Annual administration report of the Civil Veterinary Department of India - 1900-1901
Year: 1900
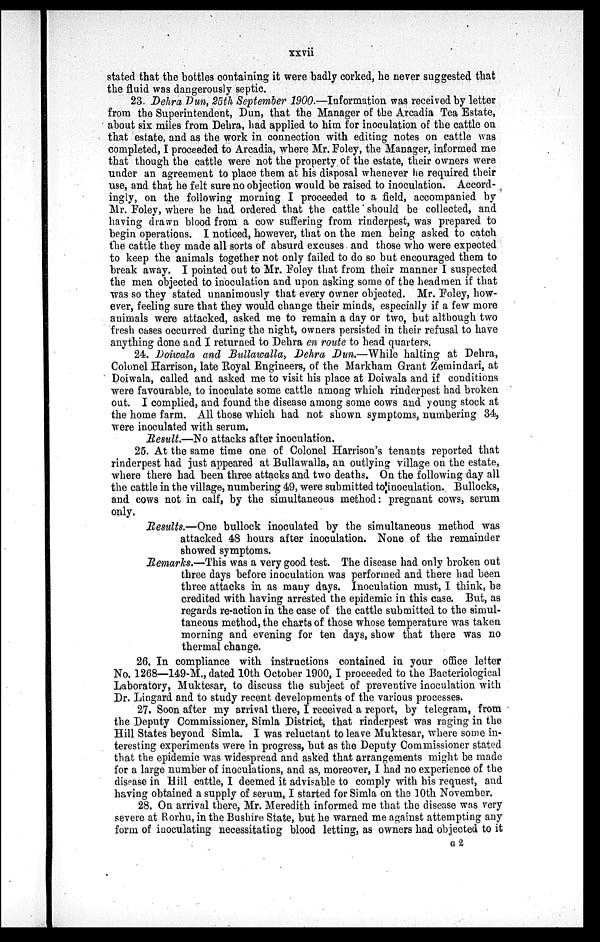
xxvii
stated that the bottles containing it were badly corked, he never suggested that
the fluid was dangerously septic.
23. Dehra Dun, 25th September 1900.—Information was received by letter
from the Superintendent, Dun, that the Manager of the Arcadia Tea Estate,
about six miles from Dehra, had applied to him for inoculation of the cattle on
that estate, and as the work in connection with editing notes on cattle was
completed, I proceeded to Arcadia, where Mr. Foley, the Manager, informed me
that though the cattle were not the property of the estate, their owners were
under an agreement to place them at his disposal whenever he required their
use, and that he felt sure no objection would be raised to inoculation. Accord-
ingly, on the following morning I proceeded to a field, accompanied by
Mr. Foley, where he had ordered that the cattle should be collected, and
having drawn blood from a cow suffering from rinderpest, was prepared to
begin operations. I noticed, however, that on the men being asked to catch
the cattle they made all sorts of absurd excuses and those who were expected
to keep the animals together not only failed to do so but encouraged them to
break away. I pointed out to Mr. Foley that from their manner I suspected
the men objected to inoculation and upon asking some of the headmen if that
was so they stated unanimously that every owner objected. Mr. Foley, how-
ever, feeling sure that they would change their minds, especially if a few more
animals were attacked, asked me to remain a day or two, but although two
fresh cases occurred during the night, owners persisted in their refusal to have
anything done and I returned to Dehra en route to head quarters.
24. Doiwala and Bullawalla, Dehra Dun.—While halting at Dehra,
Colonel Harrison, late Royal Engineers, of the Markham Grant Zemindari, at
Doiwala, called and asked me to visit his place at Doiwala and if conditions
were favourable, to inoculate some cattle among which rinderpest had broken
out. I complied, and found the disease among some cows and young stock at
the home farm. All those which had not shown symptoms, numbering 34,
were inoculated with serum.
Result.—No attacks after inoculation.
25. At the same time one of Colonel Harrison's tenants reported that
rinderpest had just appeared at Bullawalla, an outlying village on the estate,
where there had been three attacks and two deaths. On the following day all
the cattle in the village, numbering 49, were submitted to inoculation. Bullocks,
and cows not in calf, by the simultaneous method: pregnant cows, serum
only.
Results.—One bullock inoculated by the simultaneous method was
attacked 48 hours after inoculation. None of the remainder
showed symptoms.
Remarks.—This was a very good test. The disease had only broken out
three days before inoculation was performed and there had been
three attacks in as many days. Inoculation must, I think, be
credited with having arrested the epidemic in this case. But, as
regards re-action in the case of the cattle submitted to the simul-
taneous method, the charts of those whose temperature was taken
morning and evening for ten days, show that there was no
thermal change.
26. In compliance with instructions contained in your office letter
No. 1268—149-M., dated 10th October 1900, I proceeded to the Bacteriological
Laboratory, Muktesar, to discuss the subject of preventive inoculation with
Dr. Lingard and to study recent developments of the various processes.
27. Soon after my arrival there, I received a report, by telegram, from
the Deputy Commissioner, Simla District, that rinderpest was raging in the
Hill States beyond Simla. I was reluctant to leave Muktesar, where some in-
teresting experiments were in progress, but as the Deputy Commissioner stated
that the epidemic was widespread and asked that arrangements might be made
for a large number of inoculations, and as, moreover, I had no experience of the
disease in Hill cattle, I deemed it advisable to comply with his request, and
having obtained a supply of serum, I started for Simla on the 10th November.
28. On arrival there, Mr. Meredith informed me that the disease was very
severe at Rorhu, in the Bushire State, but he warned me against attempting any
form of inoculating necessitating blood letting, as owners had objected to it
G 2